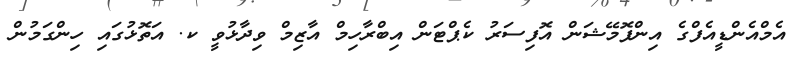
އެމްއެންޑީއެފްގެ އިންފޮމޭޝަން އޮފިސަރު ކެޕްޓަން އިބްރާހިމް އާޒިމް ވިދާޅުވީ ކ. އަތޮޅުގައި ހިންގަމުން